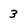
Character: 3